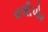
વલીપોર